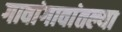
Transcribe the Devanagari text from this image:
गावांगावांतल्या